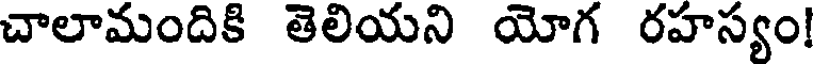
చాలామందికి తెలియని యోగ రహస్యం!